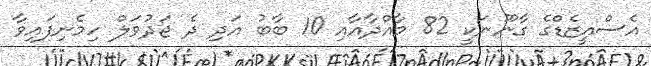
އެސްއީޒެޑްގެ ގާނޫނަކީ 82 މާއްދާއާއި 10 ބާބު އަދި ދެ ޖަދުވަލް ހިމެނިފައިވާ